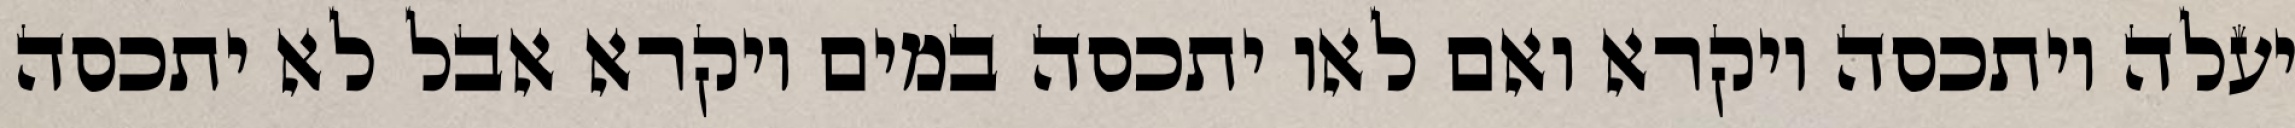
יעלה ויתכסה ויקרא ואם לאו יתכסה במים ויקרא אבל לא יתכסה